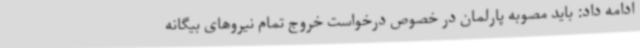
ادامه داد: باید مصوبه پارلمان در خصوص درخواست خروج تمام نیروهای بیگانه